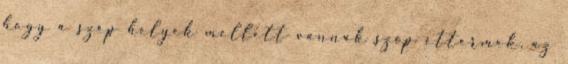
hogy a szép helyek mellett vannak szép éttermek, az